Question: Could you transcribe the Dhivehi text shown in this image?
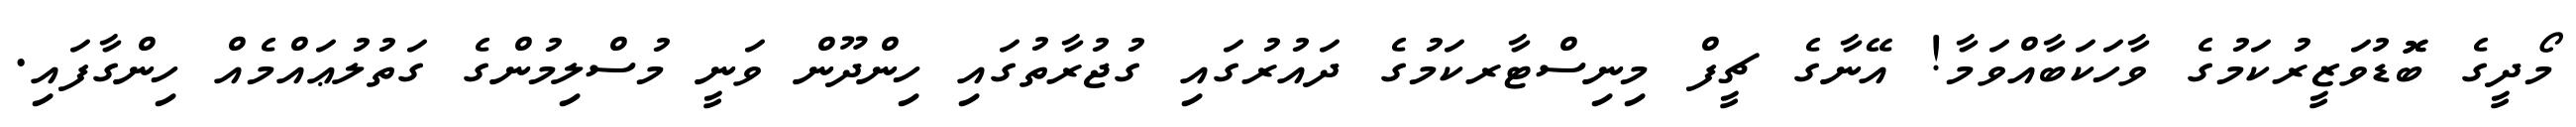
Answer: މޯދީގެ ބޮޮޑުވަޒީރުކަމުގެ ވާހަކަބާއްވަމާ! އޭނާގެ ޗީފް މިނިސްޓާރކަމުގެ ދައުރުގައި ގުޖުރާތުގައި ހިންދޫން ވަނީ މުސްލިމުންގެ ގަތުލުޢައްމެއް ހިންގާފައި.